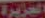
الجزيرة